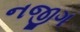
નજીગ